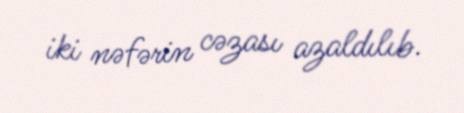
iki nəfərin cəzası azaldılıb.